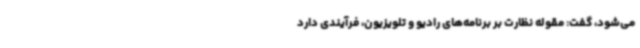
می‌شود، گفت: مقوله نظارت بر برنامه‌های رادیو و تلویزیون، فرآیندی دارد